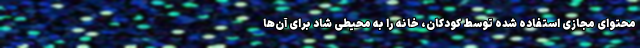
محتوای مجازی استفاده شده توسط کودکان، خانه را به محیطی شاد برای آن‌ها